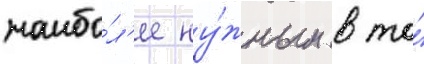
наибо́л'ее ну́жным в то́